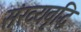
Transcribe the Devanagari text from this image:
संख्यवृद्धि